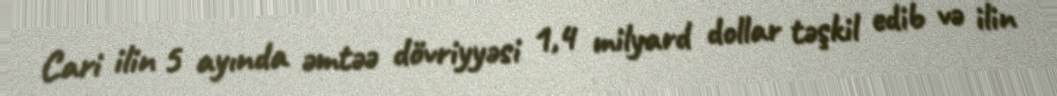
Cari ilin 5 ayında əmtəə dövriyyəsi 1,4 milyard dollar təşkil edib və ilin